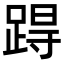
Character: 𨁽